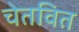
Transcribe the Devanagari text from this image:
चेतवित